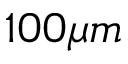
1 0 0 \mu m